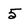
Character: 5